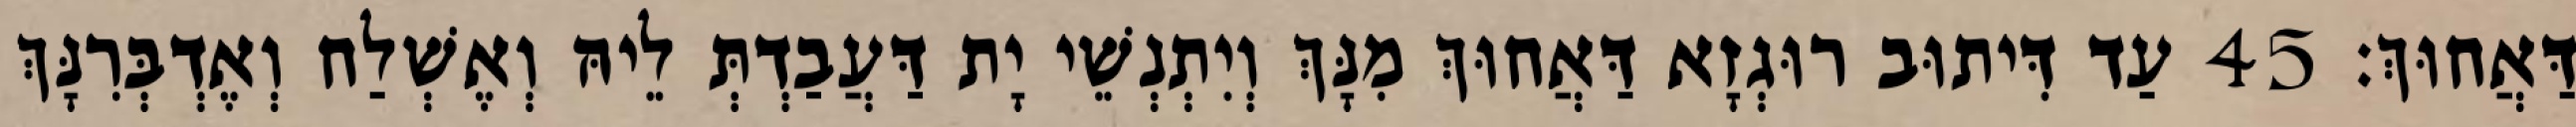
דַּאֲחוּךְ׃ 45 עַד דִּיתוּב רוּגְזָא דַּאֲחוּךְ מִנָּךְ וְיִתְנְשֵׁי יָת דַּעֲבַדְתְּ לֵיהּ וְאֶשְׁלַח וְאֶדְבְּרִנָּךְ